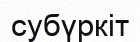
субүркіт